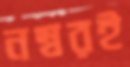
নম্বরই